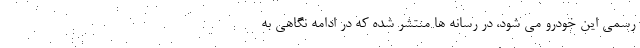
رسمی این خودرو می شود، در رسانه ها منتشر شده که در ادامه نگاهی به